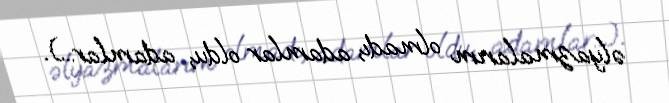
əlyazmalarım olmadı, adamlar oldu, adamlar...).